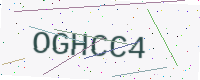
Text: OGHCC4